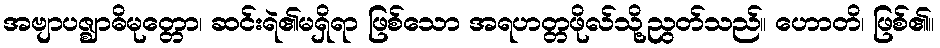
အဗျာပဇ္ဈာဓိမုတ္တော၊ ဆင်းရဲ၏မရှိရာ ဖြစ်သော အရဟတ္တဖိုလ်သို့ညွတ်သည်။ ဟောတိ၊ ဖြစ်၏။